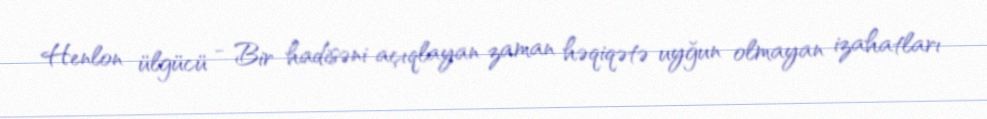
Henlon ülgücü - Bir hadisəni açıqlayan zaman həqiqətə uyğun olmayan izahatları